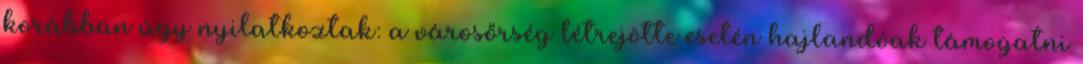
korábban úgy nyilatkoztak: a városőrség létrejötte esetén hajlandóak támogatni